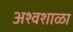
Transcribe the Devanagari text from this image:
अश्वशाळा